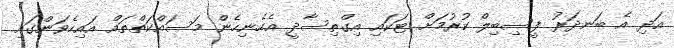
އަދި އެ ބަނދަރު ފީސިބިލް ކުރުމަށް ޓަކައި އިގްތިސާދީ އެހެނިހެން މަސައްކަތްތައް އައިހެވަންގައި